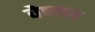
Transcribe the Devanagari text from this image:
वेष्णव